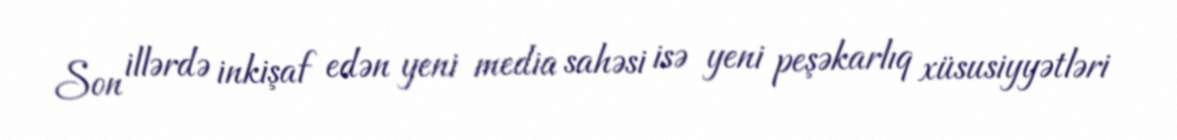
Son illərdə inkişaf edən yeni media sahəsi isə yeni peşəkarlıq xüsusiyyətləri